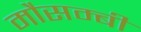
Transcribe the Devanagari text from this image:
मौसम्बी